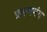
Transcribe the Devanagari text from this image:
प्रक्रमभंग